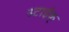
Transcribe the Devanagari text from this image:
स्टाईक्